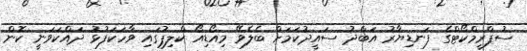
ސުޕްރީމްކޯޓްގެ ފަނޑިޔާރު އަބްދު ސައީދުކަމަށް ބެލެވޭ މިއޯޑިއޯ ކްލިޕުގައި ވާހަކަފުޅު ދައްކަވަނީ ކޮން